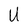
Character: U